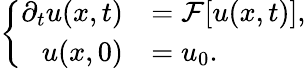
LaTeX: \left\{ \begin{array}{rl}{\partial_{t}u(x,t)}&{=\mathcal{F}[u(x,t)],}\\ {u(x,0)}&{=u_{0}.}\end{array}\right.